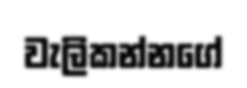
වැලිකන්නගේ